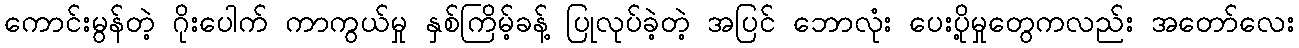
ကောင်းမွန်တဲ့ ဂိုးပေါက် ကာကွယ်မှု နှစ်ကြိမ့်ခန့် ပြုလုပ်ခဲ့တဲ့ အပြင် ဘောလုံး ပေးပို့မှုတွေကလည်း အတော်လေး